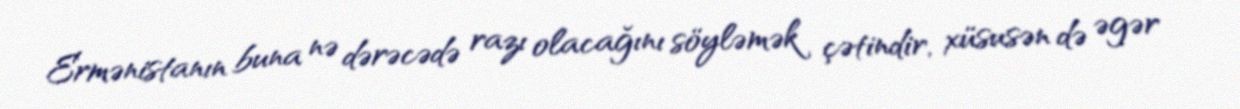
Ermənistanın buna nə dərəcədə razı olacağını söyləmək çətindir, xüsusən də əgər